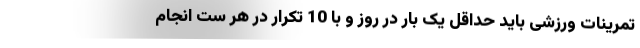
تمرینات ورزشی باید حداقل یک بار در روز و با 10 تکرار در هر ست انجام